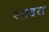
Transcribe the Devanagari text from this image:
सादरा